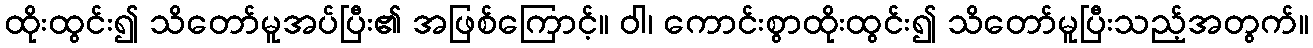
ထိုးထွင်း၍ သိတော်မူအပ်ပြီး၏ အဖြစ်ကြောင့်။ ဝါ၊ ကောင်းစွာထိုးထွင်း၍ သိတော်မူပြီးသည့်အတွက်။